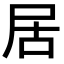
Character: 居